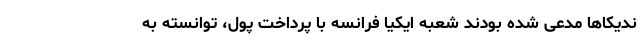
ندیکاها مدعی شده بودند شعبه ایکیا فرانسه با پرداخت پول، توانسته به